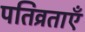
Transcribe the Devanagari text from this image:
पतिव्रताएँ